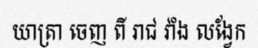
យាត្រា ចេញ ពី រាជ វាំង លង្វែក